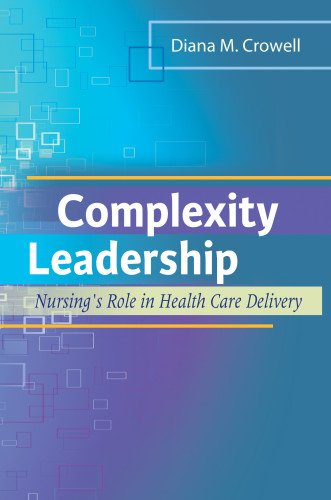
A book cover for Complexity Leadership: Nursing's Role in Health Care Delivery; Diana M. Crowell PhD  RN  NEA-BC; Medical Books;